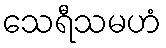
သေရီသမဟံ